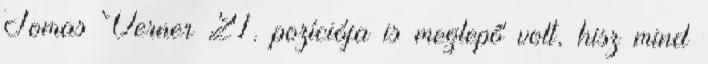
Tomas Verner 21. pozíciója is meglepő volt, hisz mind